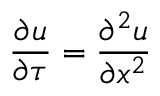
{ \frac { \partial u } { \partial \tau } } = { \frac { \partial ^ { 2 } u } { \partial x ^ { 2 } } }